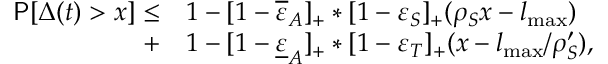
\begin{array} { r l } { \mathsf { P } [ \Delta ( t ) > x ] \le } & { 1 - [ 1 - \overline { { \varepsilon } } _ { A } ] _ { + } \ast [ 1 - \varepsilon _ { S } ] _ { + } ( \rho _ { S } x - l _ { \operatorname* { m a x } } ) } \\ { + } & { 1 - [ 1 - \underline { { \varepsilon } } _ { A } ] _ { + } \ast [ 1 - \varepsilon _ { T } ] _ { + } ( x - l _ { \operatorname* { m a x } } / \rho _ { S } ^ { \prime } ) , } \end{array}